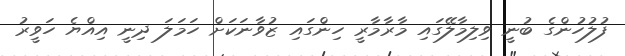
ފުލުހުންގެ ބުނީ ވިލިމާލޭގައި މާރާމާރީ ހިންގައި ޒުވާނަކަށް ހަމަލަ ދިނީ އިއްޔެ ހަވީރު